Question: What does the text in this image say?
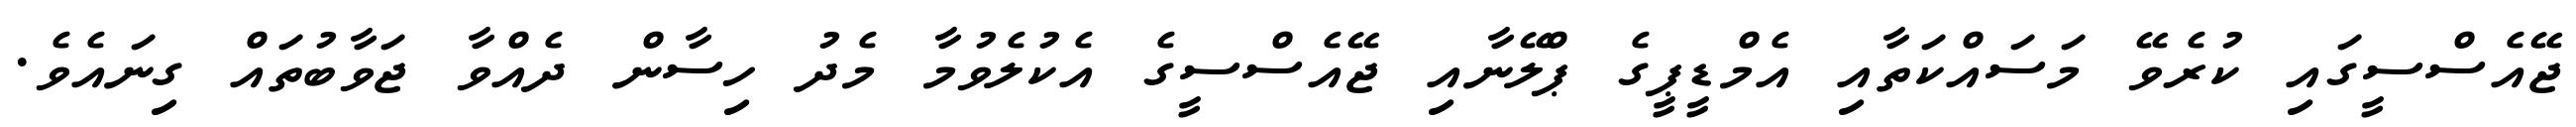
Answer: ޖޭއެސްސީގައި ކުރެވޭ މަސައްކަތާއި އެމްޑީޕީގެ ޕްލޭނާއި ޖޭއެސްސީގެ އެކުލެވުމާ މެދު ހިސާން ދެއްވާ ޖަވާބުތައް ގިނައެވެ.